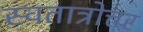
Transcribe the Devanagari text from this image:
स्वतात्रोत्तर